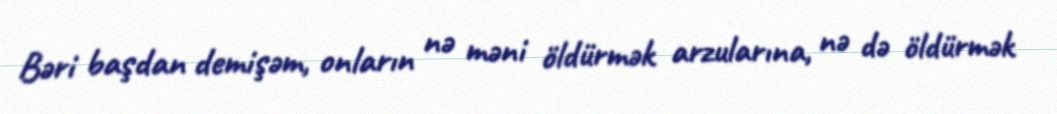
Bəri başdan demişəm, onların nə məni öldürmək arzularına, nə də öldürmək